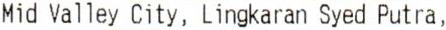
MID VALLEY CITY, LINGKARAN SYED PUTRA,